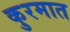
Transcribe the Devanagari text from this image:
कुरमात